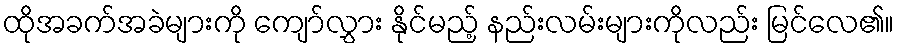
ထိုအခက်အခဲများကို ကျော်လွှား နိုင်မည့် နည်းလမ်းများကိုလည်း မြင်လေ၏။